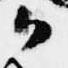
候